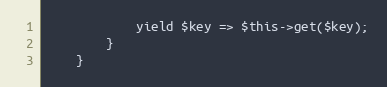
Language: PHP
            yield $key => $this->get($key);
        }
    }